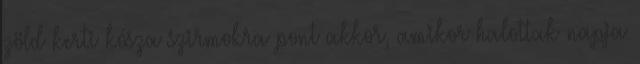
zöld kerti kósza szirmokra pont akkor, amikor halottak napja